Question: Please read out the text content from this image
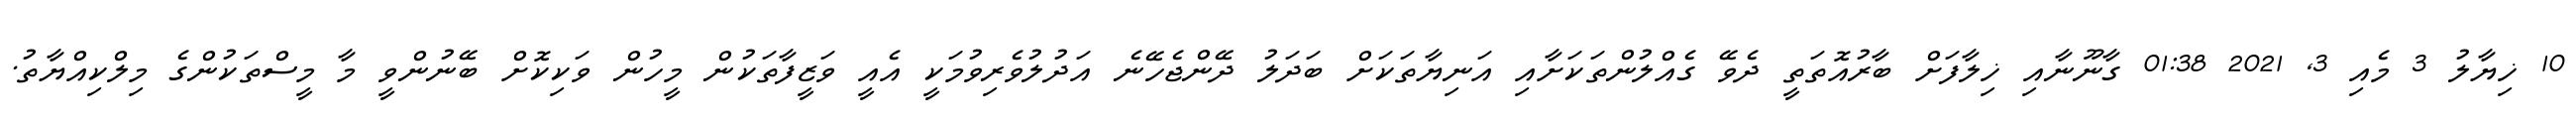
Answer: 10 ޚިޔާލު 3 މެއި 3, 2021 01:38 ގާނޫނާއި ޚިލާފަށް ބާރުއޮތަތީ ދެވޭ ގެއްލުންތަކަށާއި އަނިޔާތަކަށް ބަދަލު ދޭންޖެހޭނެ އަދުލުވެރިވުމަކީ އެއީ ވަޒީފާތަކުން މީހުން ވަކިކޮށް ބޭނުންވީ މާ މީސްތަކުންގެ މިލްކިއްޔާތު.